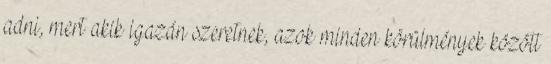
adni, mert akik igazán szeretnek, azok minden körülmények között